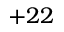
+ 2 2